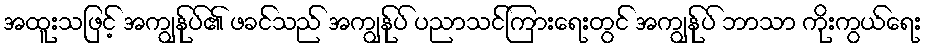
အထူးသဖြင့် အကျွန်ုပ်၏ ဖခင်သည် အကျွန်ုပ် ပညာသင်ကြားရေးတွင် အကျွန်ုပ် ဘာသာ ကိုးကွယ်ရေး